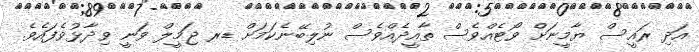
އަދި ރައީސް ޔާމީނަށް ވޯޓެއްވެސް ތާއީދެއްވެސް ނުލިބޭނެކަމަށް ޑރ ޖަމީލް ވަނީ ވިދާޅުވެފައެވެ.